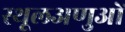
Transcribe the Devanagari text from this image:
स्थूलअणुओं